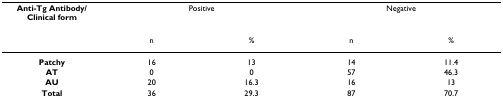
| Anti-Tg Antibody/Clinical form | <COLSPAN=2> Positive | <COLSPAN=2> Negative |
 |  | n | % | n | % |
 | --- | --- | --- | --- | --- |
 | Patchy | 16 | 13 | 14 | 11.4 |
 | AT | 0 | 0 | 57 | 46.3 |
 | AU | 20 | 16.3 | 16 | 13 |
 | Total | 36 | 29.3 | 87 | 70.7 |